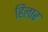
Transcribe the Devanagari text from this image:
हिलार